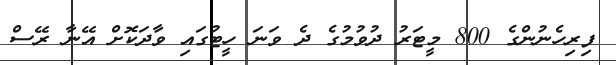
ފިރިހެނުންގެ 800 މީޓަރު ދުވުމުގެ ދެ ވަނަ ހީޓުގައި ވާދަކޮށް އޭނާ ރޭސް